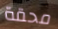
محقة